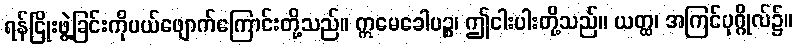
ရန်ငြိုးဖွဲ့ခြင်းကိုပယ်ဖျောက်ကြောင်းတို့သည်။ ဣမေခေါပဉ္စ၊ ဤငါးပါးတို့သည်။ ယတ္ထ၊ အကြင်ပုဂ္ဂိုလ်၌။